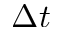
\Delta t